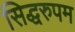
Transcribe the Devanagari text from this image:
सिद्धरुपम